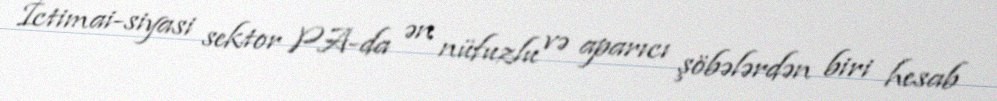
İctimai-siyasi sektor PA-da ən nüfuzlu və aparıcı şöbələrdən biri hesab